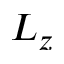
L _ { z }